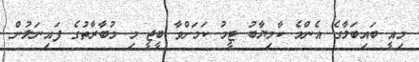
މިއީ ބައިބަލާގެ އެންމެ ކާމިޔާބު ޓީމު ކަމަށްވާ ބީޖީ މި މުބާރާތުގެ ފައިނަލުން